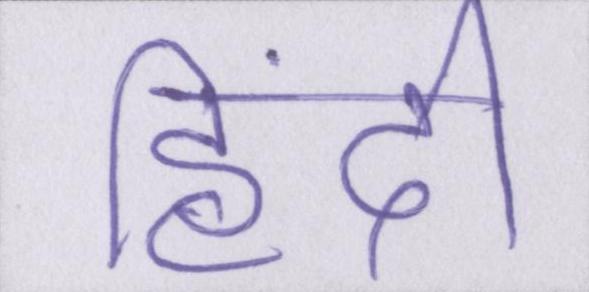
हिंदी